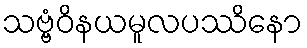
သဗ္ဗံဝိနယမူလပဿိနော